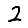
Digit: 2